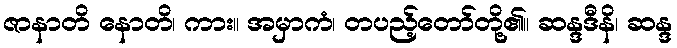
ဇာနာတိ နောတိ၊ ကား။ အမှာကံ၊ တပည့်တော်တို့၏။ ဆန္ဒဒီနိ၊ ဆန္ဒ